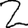
Digit: 2